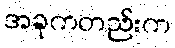
အခုကတည်းက